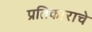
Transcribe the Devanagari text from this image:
प्रतिकाराचे